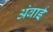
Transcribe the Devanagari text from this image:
अंबाई